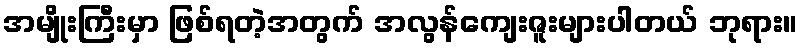
အမျိုးကြီးမှာ ဖြစ်ရတဲ့အတွက် အလွန်ကျေးဇူးများပါတယ် ဘုရား။